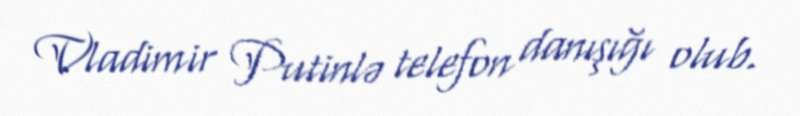
Vladimir Putinlə telefon danışığı olub.